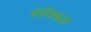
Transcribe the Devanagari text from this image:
सेविकल